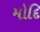
મોદિ